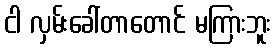
ငါ လှမ်းခေါ်တာတောင် မကြားဘူး